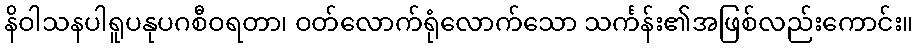
နိဝါသနပါရူပနုပဂစီဝရတာ၊ ဝတ်လောက်ရုံလောက်သော သင်္ကန်း၏အဖြစ်လည်းကောင်း။